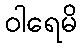
ဝါရေမိ